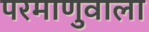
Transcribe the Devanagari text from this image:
परमाणुवाला